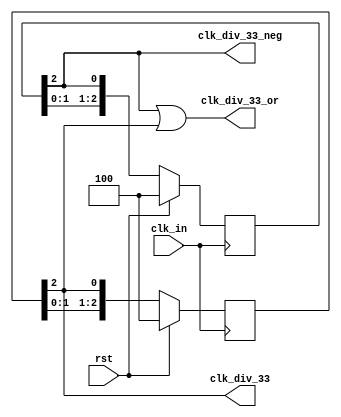
`timescale 1ns / 1ps
//////////////////////////////////////////////////////////////////////////////////
// Company: 
// Engineer: 
// 
// Design Name: 
// Module Name:    clock_div_thirty_three 
// Project Name: 
// Target Devices: 
// Tool versions: 
// Description: 
//
// Dependencies: 
//
// Revision: 
// Revision 0.01 - File Created
// Additional Comments: 
//
//////////////////////////////////////////////////////////////////////////////////
module clock_div_thirty_three(
    input clk_in,
    input rst,
    output clk_div_33,
	 output clk_div_33_neg,
	 output clk_div_33_or
    );
	 
reg [2:0] Q;
always @ (posedge clk_in)
begin
	if (rst)
	begin
		Q <= 3'b100;
	end
	else
		Q <= {Q[1:0],Q[2]};
end
assign clk_div_33 = Q[2];
reg [2:0] Q_neg;
always @ (negedge clk_in)
begin
	if (rst)
	begin
		Q_neg <= 3'b100;
	end
	else
		Q_neg <= {Q_neg[1:0],Q_neg[2]};
end
assign clk_div_33_neg = Q_neg[2];
assign clk_div_33_or = Q_neg[2] || Q[2];
endmodule